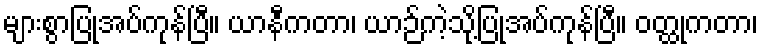
များစွာပြုအပ်ကုန်ပြီ။ ယာနီကတာ၊ ယာဉ်ကဲ့သို့ပြုအပ်ကုန်ပြီ။ ဝတ္ထုကတာ၊